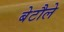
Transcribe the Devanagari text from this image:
बेटौले